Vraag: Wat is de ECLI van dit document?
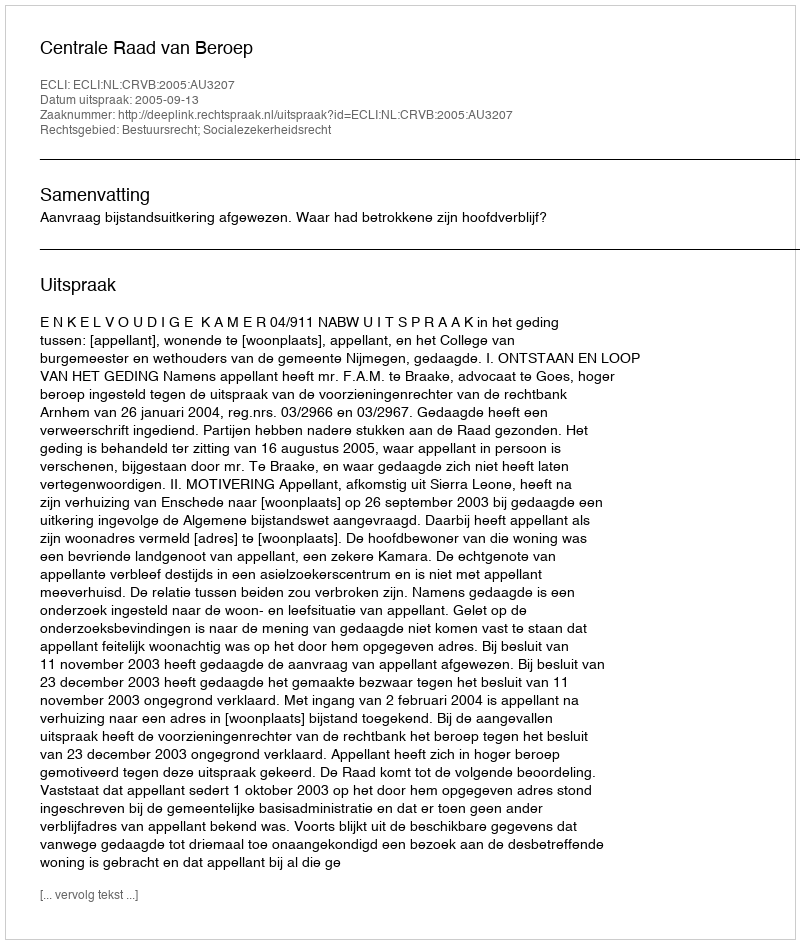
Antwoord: ECLI:NL:CRVB:2005:AU3207